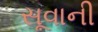
સૂવાની